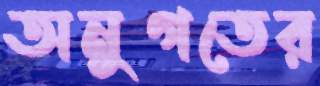
অনুগতের